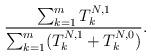
LaTeX: \begin{align*}\frac{\sum_{k=1}^m T^{N,1}_k}{\sum_{k=1}^m(T^{N,1}_k+T^{N,0}_k)}.\end{align*}